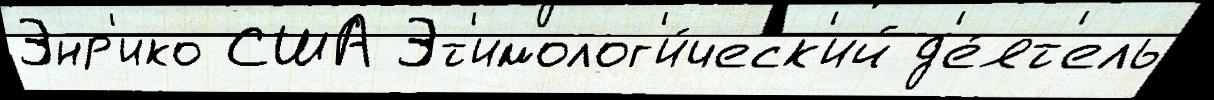
Энр'ико США Эт'имолог'и́ческ'ий д'е́ят'ель